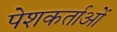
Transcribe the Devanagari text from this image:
पेशकर्ताओं